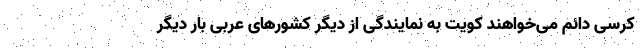
کرسی دائم می‌خواهند کویت به نمایندگی از دیگر کشورهای عربی بار دیگر